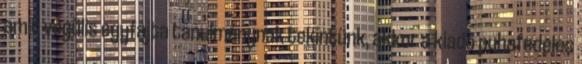
amit végülis egyfajta tanulmánynak tekintünk, akkor a kiadó puhafedeles